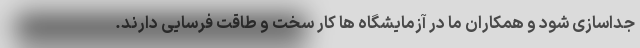
جداسازی شود و همکاران ما در آزمایشگاه ها کار سخت و طاقت فرسایی دارند.